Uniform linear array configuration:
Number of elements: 48
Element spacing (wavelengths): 0.25
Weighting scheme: hann
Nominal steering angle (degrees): -45
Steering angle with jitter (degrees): -45.948
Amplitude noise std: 0.05
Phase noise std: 0.05

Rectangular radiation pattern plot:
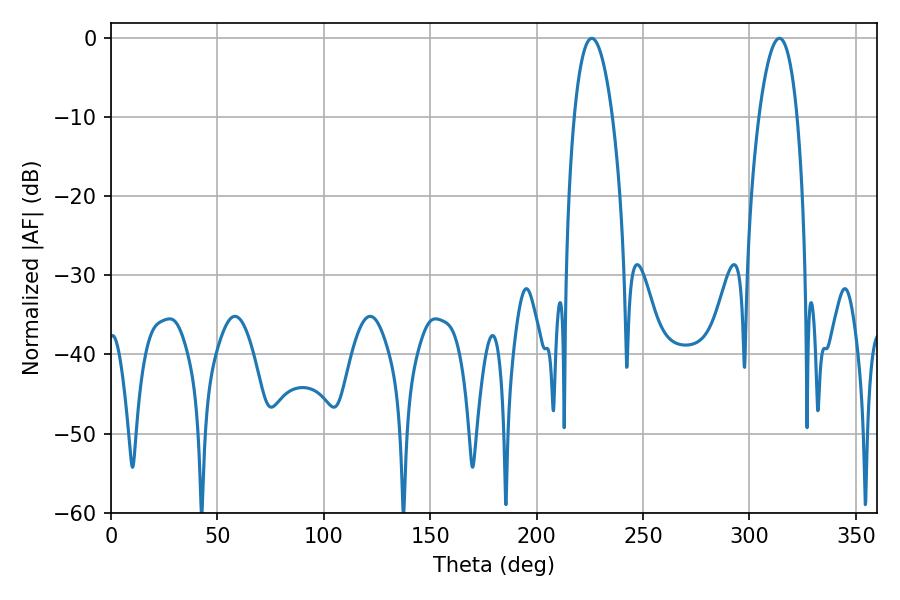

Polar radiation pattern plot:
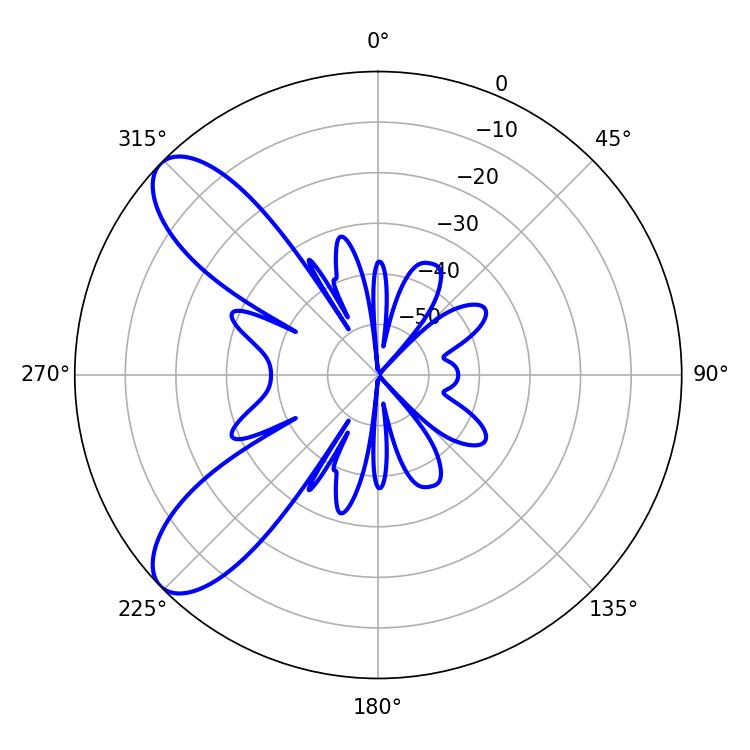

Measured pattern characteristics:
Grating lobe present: FALSE
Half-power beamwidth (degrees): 9.9
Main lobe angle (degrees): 225.9